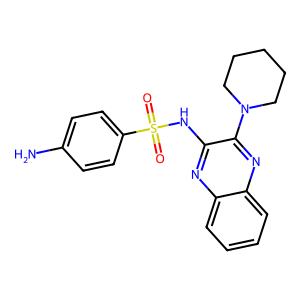
SMILES: Nc1ccc(S(=O)(=O)Nc2nc3ccccc3nc2N2CCCCC2)cc1
Inhibits HIV replication: No